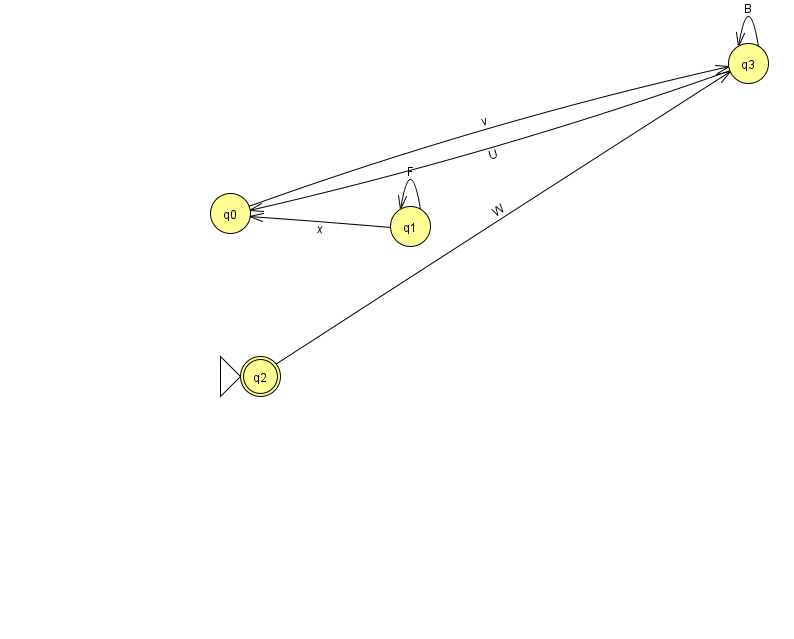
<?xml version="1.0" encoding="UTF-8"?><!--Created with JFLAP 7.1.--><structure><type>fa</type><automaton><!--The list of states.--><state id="0" name="q0"><x>230.0</x><y>200.0</y></state><state id="1" name="q1"><x>410.0</x><y>213.0</y></state><state id="2" name="q2"><x>260.0</x><y>363.0</y><initial/><final/></state><state id="3" name="q3"><x>748.0</x><y>50.0</y></state><!--The list of transitions.--><transition><from>3</from><to>3</to><read>B</read></transition><transition><from>1</from><to>1</to><read>F</read></transition><transition><from>1</from><to>0</to><read>x</read></transition><transition><from>0</from><to>3</to><read>v</read></transition><transition><from>3</from><to>0</to><read>U</read></transition><transition><from>2</from><to>3</to><read>W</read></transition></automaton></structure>